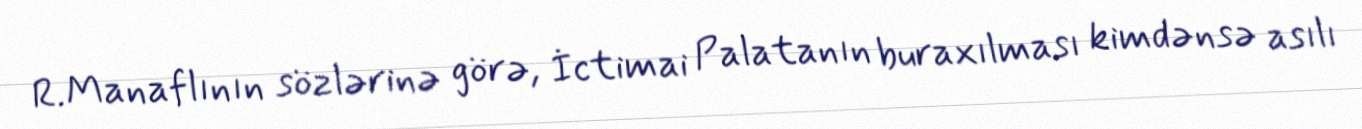
R.Manaflının sözlərinə görə, İctimai Palatanın buraxılması kimdənsə asılı